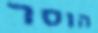
הוסר